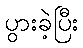
ပွားခဲ့ပြီး